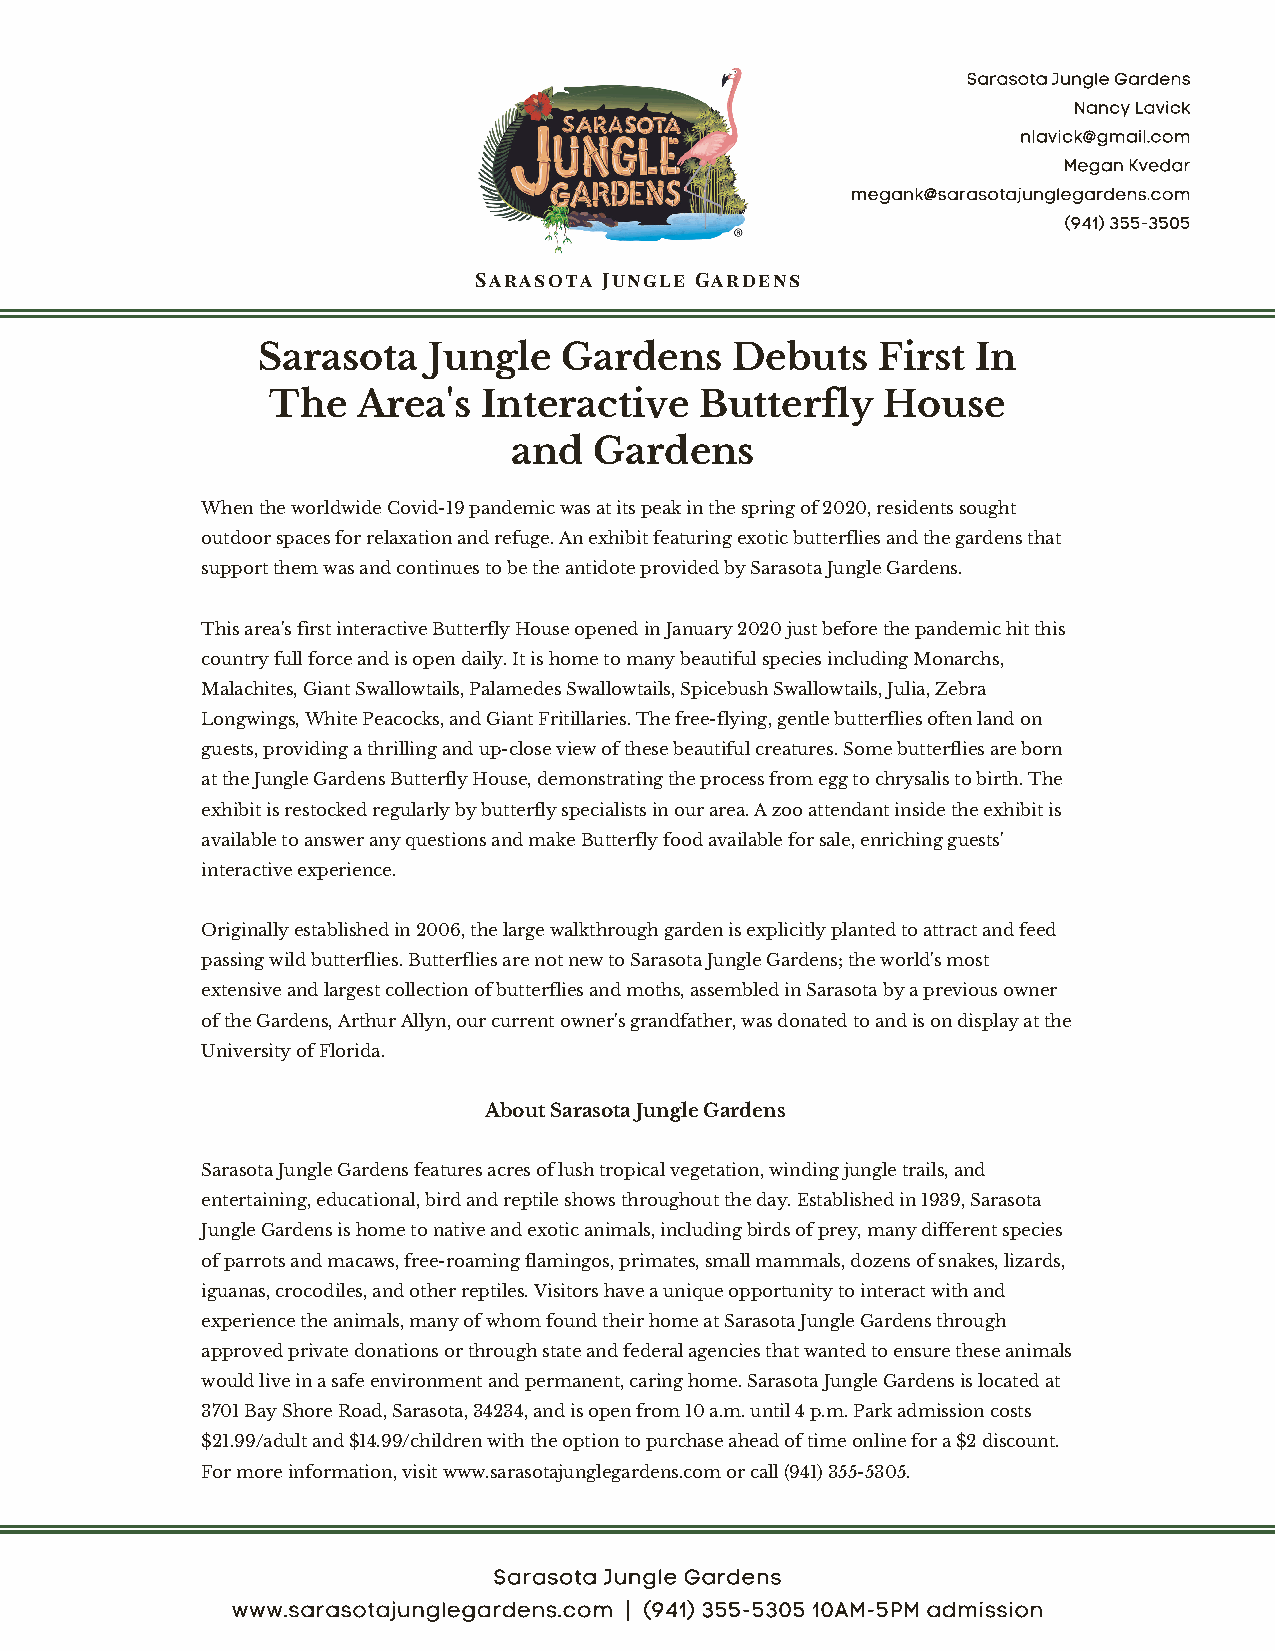
Sarasota Jungle Gardens
 Nancy Lavick
 nlavick@gmail.com
 Megan Kvedar
 megank@sarasotajunglegardens.com
 (941) 355-3505
 Sarasota Jungle Gardens
 Sarasota   Jungle   Gardens    Debuts    First  In
 The   Area's  Interactive   Butterfly   House
 and  Gardens
 When the worldwide Covid-19 pandemic was at its peak in the spring of 2020, residents sought
 outdoor spaces for relaxation and refuge. An exhibit featuring exotic butterflies and the gardens that
 support them was and continues to be the antidote provided by Sarasota Jungle Gardens.
 This area's first interactive Butterfly House opened in January 2020 just before the pandemic hit this
 country full force and is open daily. It is home to many beautiful species including Monarchs,
 Malachites, Giant Swallowtails, Palamedes Swallowtails, Spicebush Swallowtails, Julia, Zebra
 Longwings, White Peacocks, and Giant Fritillaries. The free-flying, gentle butterflies often land on
 guests, providing a thrilling and up-close view of these beautiful creatures. Some butterflies are born
 at the Jungle Gardens Butterfly House, demonstrating the process from egg to chrysalis to birth. The
 exhibit is restocked regularly by butterfly specialists in our area. A zoo attendant inside the exhibit is
 available to answer any questions and make Butterfly food available for sale, enriching guests'
 interactive experience.
 Originally established in 2006, the large walkthrough garden is explicitly planted to attract and feed
 passing wild butterflies. Butterflies are not new to Sarasota Jungle Gardens; the world's most
 extensive and largest collection of butterflies and moths, assembled in Sarasota by a previous owner
 of the Gardens, Arthur Allyn, our current owner's grandfather, was donated to and is on display at the
 University of Florida.
 About Sarasota Jungle Gardens
 Sarasota Jungle Gardens features acres of lush tropical vegetation, winding jungle trails, and
 entertaining, educational, bird and reptile shows throughout the day. Established in 1939, Sarasota
 Jungle Gardens is home to native and exotic animals, including birds of prey, many different species
 of parrots and macaws, free-roaming flamingos, primates, small mammals, dozens of snakes, lizards,
 iguanas, crocodiles, and other reptiles. Visitors have a unique opportunity to interact with and
 experience the animals, many of whom found their home at Sarasota Jungle Gardens through
 approved private donations or through state and federal agencies that wanted to ensure these animals
 would live in a safe environment and permanent, caring home. Sarasota Jungle Gardens is located at
 3701 Bay Shore Road, Sarasota, 34234, and is open from 10 a.m. until 4 p.m. Park admission costs
 $21.99/adult and $14.99/children with the option to purchase ahead of time online for a $2 discount.
 For more information, visit www.sarasotajunglegardens.com or call (941) 355-5305.
 Sarasota Jungle Gardens
 www.sarasotajunglegardens.com | (941) 355-5305 10AM-5PM admission